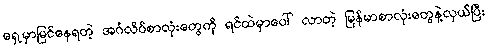
ရှေ့မှာမြင်နေရတဲ့ အင်္ဂလိပ်စာလုံးတွေကို ရင်ထဲမှာပေါ် လာတဲ့ မြန်မာစာလုံးတွေနဲ့လှယ်ပြီး